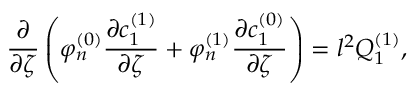
\frac { \partial } { \partial \zeta } \left( \varphi _ { n } ^ { ( 0 ) } \frac { \partial c _ { 1 } ^ { ( 1 ) } } { \partial \zeta } + \varphi _ { n } ^ { ( 1 ) } \frac { \partial c _ { 1 } ^ { ( 0 ) } } { \partial \zeta } \right) = l ^ { 2 } Q _ { 1 } ^ { ( 1 ) } ,